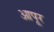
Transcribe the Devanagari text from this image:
आपूर